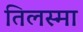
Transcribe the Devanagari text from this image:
तिलस्मा